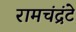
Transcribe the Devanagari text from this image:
रामचंद्रंटे